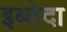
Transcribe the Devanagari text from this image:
इब्तेदा